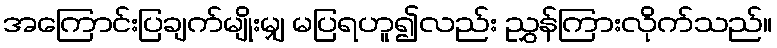
အကြောင်းပြချက်မျိုးမျှ မပြရဟူ၍လည်း ညွှန်ကြားလိုက်သည်။